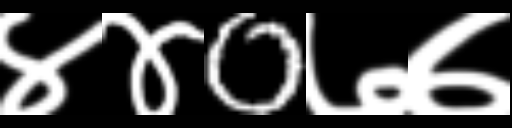
Text: ४४0७७